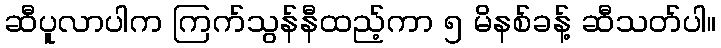
ဆီပူလာပါက ကြက်သွန်နီထည့်ကာ ၅ မိနစ်ခန့် ဆီသတ်ပါ။